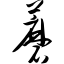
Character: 蘑